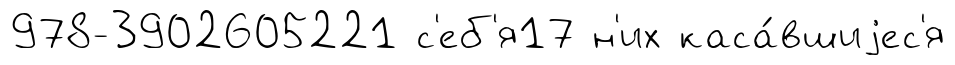
978-3902605221 с'еб'я17 н'их каса́вшиjес'я